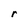
Character: r